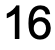
16